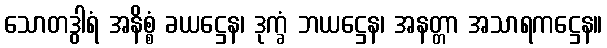
သောတဒွါရံ အနိစ္စံ ခယဋ္ဌေန၊ ဒုက္ခံ ဘယဋ္ဌေန၊ အနတ္တာ အသာရကဋ္ဌေန။